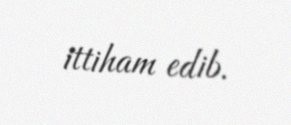
ittiham edib.